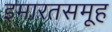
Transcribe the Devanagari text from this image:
इमारतसमूह